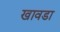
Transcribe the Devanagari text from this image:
खावडा